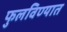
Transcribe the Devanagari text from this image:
फुलविण्यात